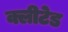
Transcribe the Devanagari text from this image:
क्लीटेड